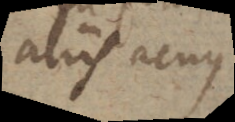
aliis acus.